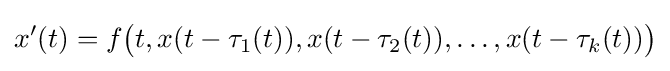
x'(t)=f{\bigl (}t,x(t-\tau _{1}(t)),x(t-\tau _{2}(t)),\ldots ,x(t-\tau _{k}(t)){\bigr )}